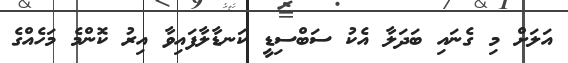
އަލަށް މި ގެނައި ބަދަލާ އެކު ސަބްސިޑީ ކަނޑާލާފައިވާ އިރު ކޮންމެ މަހެއްގެ